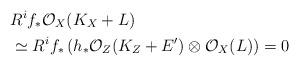
LaTeX: \begin{align*}&R^if_*\mathcal O_X(K_X+L) \\ &\simeq R^if_*\left(h_*\mathcal O_Z(K_Z+E')\otimes \mathcal O_X(L)\right)=0\end{align*}